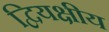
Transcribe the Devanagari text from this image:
द्वियक्षीय